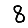
Digit: 8